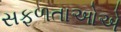
સફળતાઓએ